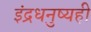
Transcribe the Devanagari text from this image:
इंद्रधनुष्यही